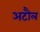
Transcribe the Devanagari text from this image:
अटौल